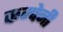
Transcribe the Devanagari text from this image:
कम्पेनी